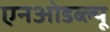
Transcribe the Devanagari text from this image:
एनओडब्ल्यू